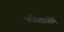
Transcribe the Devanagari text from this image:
कविताओमें